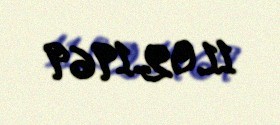
11.02.1969